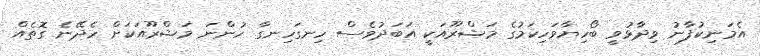
އެމަނިކުފާނު ވިދާޅުވީ ބޯހިޔާވަހިކަމުގެ މަޝްރޫއަކީ އަބަދުވެސް ހިނގަހިނގާ ހުންނަ މަޝްރޫއަކަށް ހެދޭނެ ގޮތެއް